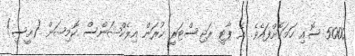
5000 ސޮއި ހަމަކޮށްފައެވެ. އެ ޕާޓީ ރަޖިސްޓަރީ ކުރަން އިލެކްޝަންސް ކޮމިޝަން (އީސީ)